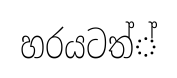
හරයටත්්